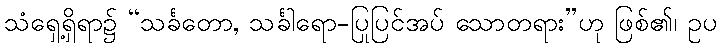
သံရှေ့ရှိရာ၌ “သင်္ခတော, သင်္ခါရော-ပြုပြင်အပ် သောတရား”ဟု ဖြစ်၏၊ ဥပ